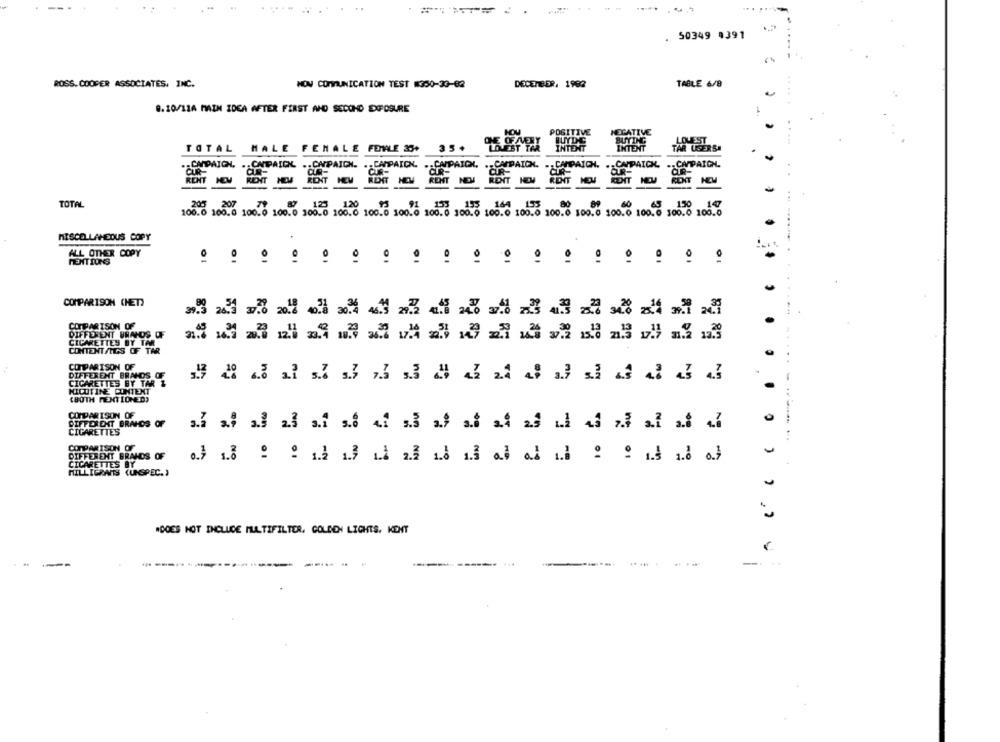
50349 4391
ROSS. COOPER ASSOCIATES, INC.
NOV COMMUNICATION TEST 350-33-62
DECEMBER, 1992
TABLE 6/8
8.10/11A MAIN IDEA AFTER FIRST AND SECOND EXPOSURE
NOU
POSITIVE
NEGATIVE
ONE OFARY
BUTTHE
LOUEST
TOTAL
HALE
FEMALE FEMALE 25+
35+
LOUEST TAR
INTENT
INTENT
TAR UGERS!
.- CADAICH,
.. CAPAICK.
.. CAPAICH.
.. CAMPAIGN.
.- CAMPAIGN.
.- CAPPAICK.
.. CAMPAICH.
.. CAMPAIGN.
CR-
OR-
CAMPAICK.
RENT
KONT
RENT
RENT
RENT
REMT
RENT
TOTAL
205 207
79
125
120
.91
153
153
164
193
60
150
147
100.0 100.0 100.0 100.0 100.0 100.0 100.0 100.0 100.0 100.0 100.0 100.0 100.0 100.0 100.0 100.0 300.0 100.0
MISCELLANEOUS COPY
ALL OTHER COPY
MENTIONS
01
01
COMPARISON CHET)
COMPARISON OF
DIFFERENT BRANDS OF
CIGARETTES BY TAR
CONTENT/TIES OF TAR
..
COMPARISON OF
DIFFERENT BRANDS OF
CIGARETTES BY TAR &
.
NICOTINE CONTENT
(BOTH MENTIONED?
COMPARISON OF
DIFFERENT BRAHOS OF
CIGARETTES
COMPARISON OF
DIFFERENT BRANDS OF
CIGARETTES BY
MILLIGRANTS (UNSPEC. )
"DOES NOT INCLUDE MULTIFILTER. GOLDEN LIGHTS. KENT